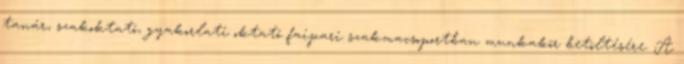
tanár, szakoktató, gyakorlati oktató faipari szakmacsoportban munkakör betöltésére. A